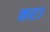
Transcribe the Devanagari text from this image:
करउ